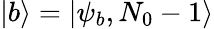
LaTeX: \left|b\right\rangle=\left|\psi_{b},N_{0}-1\right\rangle